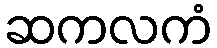
ဆကလကံ